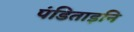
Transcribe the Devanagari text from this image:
पंडिताइनि